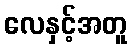
လေနှင့်အတူ